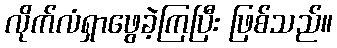
လိုက်လံရှာဖွေခဲ့ကြပြီး ဖြစ်သည်။